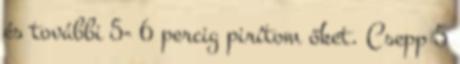
és további 5- 6 percig pirítom őket. Csepp 5